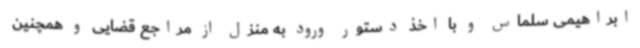
ابراهیمی سلماس و با اخذ دستور ورود به منزل از مراجع قضایی و همچنین